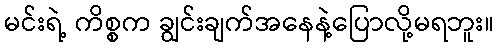
မင်းရဲ့ ကိစ္စက ချွင်းချက်အနေနဲ့ပြောလို့မရဘူး။